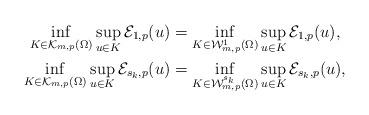
LaTeX: \begin{align*}\inf_{K\in\mathcal K_{m,p}(\Omega)}\sup_{u\in K}\mathcal E_{1,p}(u) &=\inf_{K\in\mathcal W^{1}_{m,p}(\Omega)}\sup_{u\in K}\mathcal E_{1,p}(u), \\\inf_{K\in\mathcal K_{m,p}(\Omega)}\sup_{u\in K}\mathcal E_{s_k,p}(u)&=\inf_{K\in\mathcal W^{s_k}_{m,p}(\Omega)}\sup_{u\in K}\mathcal E_{s_k,p}(u),\end{align*}